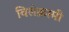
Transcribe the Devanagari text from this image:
विसंक्रामी